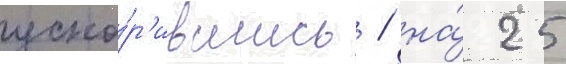
уско́р'ившись / на́ 25